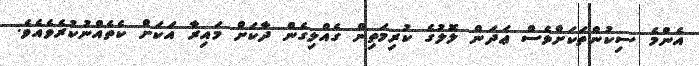
އެންމެ ސިކުންތަކަށްވެސް ޢަދަން ލޮލުގެ ކުރިމަތިން ގެއްލިގެން ދާކަށް މައިރާ އަކަށް ކެތެއްނުކުރެވެއެވެ.